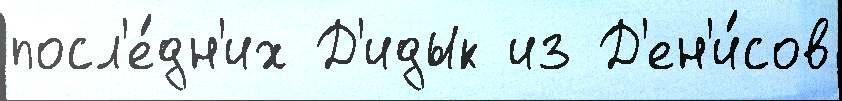
посл'е́дн'их Д'идык из Д'ен'и́сов